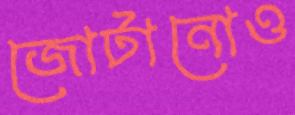
জোটানোও